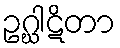
ဥဂ္ဃါဋိတာ